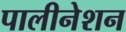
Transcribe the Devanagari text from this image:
पालीनेशन